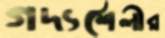
গদ্যশৈলীর